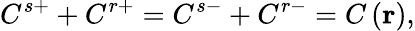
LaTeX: C^{s+}+C^{r+}=C^{s-}+C^{r-}=C\left(\mathbf{r}\right),